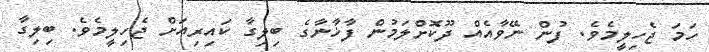
ހަމަ ޖެހިލީމެވެ. ފުން ނޭވާއެއް ދޫކޮށްލަމުން ފާޚާނާގެ ބިލިގާ ކައިރިއަށް ޖެހިލީމެވެ. ބިލިގާ